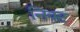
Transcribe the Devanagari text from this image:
निक्ट